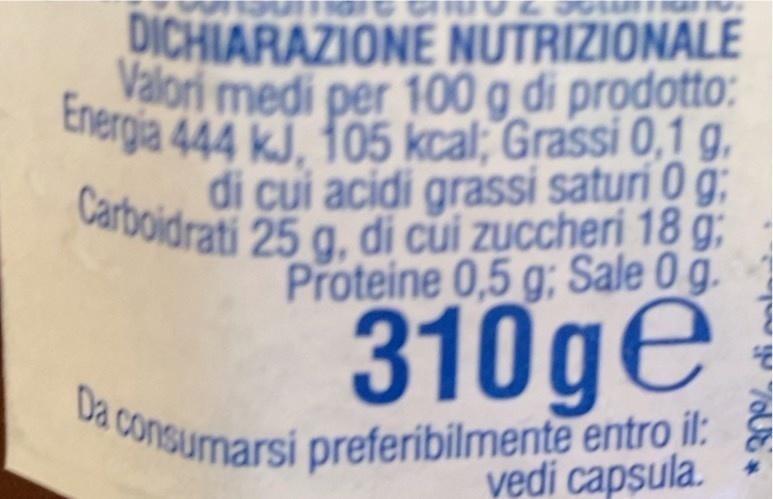
331 in
Energia 444 kJ, 105 kcal; Grassi 0,1 g,
Carboidrati 25 g, di cui zuccheri 18 g;
Valori medi per 100 g di prodotto:
Da consurmarsi preferibilmente entro il:
DICHIARAZIONE NUTRIZIONALE
Ehergia 444 kJ. 105 kcal; Grassi 0,1 g. di cui acidi grassi saturi 0 g; g. Proteine 0,5 g; Sale 0 g.
310ge
Da
Consumarsi preferibilmente entro il: vedi capsula.
*30%din